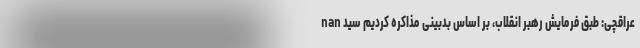
nan عراقچی: طبق فرمایش رهبر انقلاب، بر اساس بدبینی مذاکره کردیم سید